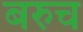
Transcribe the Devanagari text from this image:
बरुच